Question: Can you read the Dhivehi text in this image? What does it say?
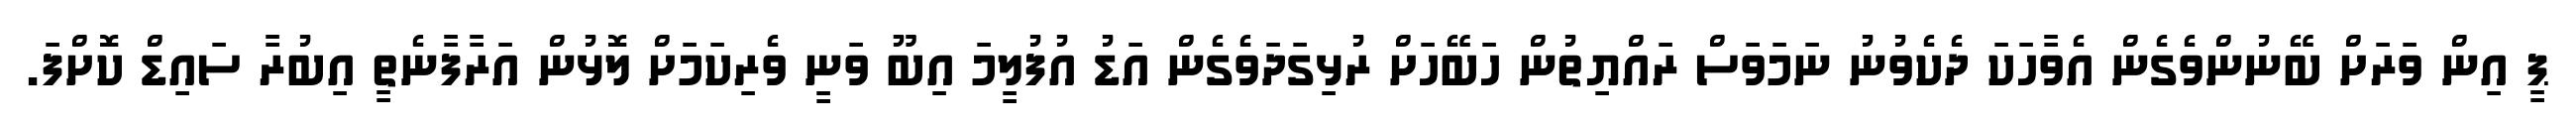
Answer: ޕީ އިން ވަރަށް ބޭނުންވެގެން އެވާހަކަ ދެކެވުނު ނަމަވަސް ރައްޔިތުން ހަބޭހަށް ރުޅިގަދަވެގެން އަޑު އުފުލީމަ އިބޫ ވަނީ ވެރިކަމަށް ލޮޅުން އަރާފާނެތީ އިބުރާ ސައިޑް ކޮށްފަ.